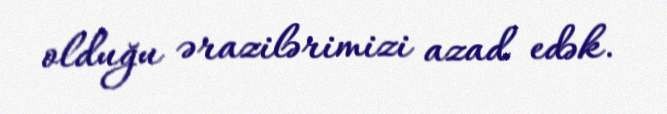
olduğu ərazilərimizi azad edək.